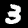
Label: 3